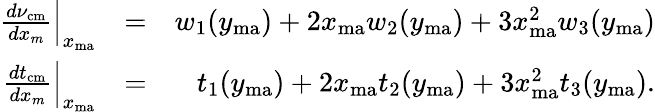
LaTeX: \begin{array}{rlr}{\frac{d\nu_{\mathrm{cm}}}{dx_{m}}\Big|_{x_{\mathrm{ma}}}}&{=}&{w_{1}(y_{\mathrm{ma}})+2x_{\mathrm{ma}}w_{2}(y_{\mathrm{ma}})+3x_{\mathrm{ma}}^{2}w_{3}(y_{\mathrm{ma}})}\\ {\frac{dt_{\mathrm{cm}}}{dx_{m}}\Big|_{x_{\mathrm{ma}}}}&{=}&{t_{1}(y_{\mathrm{ma}})+2x_{\mathrm{ma}}t_{2}(y_{\mathrm{ma}})+3x_{\mathrm{ma}}^{2}t_{3}(y_{\mathrm{ma}}).}\end{array}